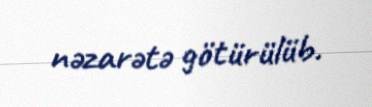
nəzarətə götürülüb.